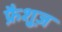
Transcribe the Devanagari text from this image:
फ्रैशुज़